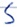
Text: S